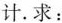
计。求：